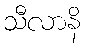
သီလာနိ